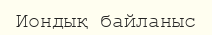
Иондық байланыс